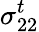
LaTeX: \sigma_{22}^{t}